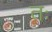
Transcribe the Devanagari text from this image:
तः